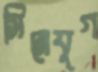
সিনেযুগ